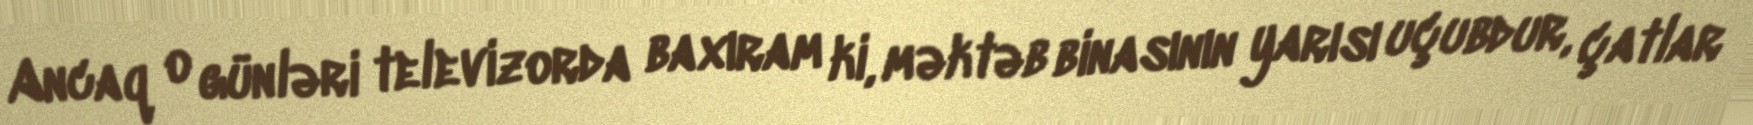
Ancaq o günləri televizorda baxıram ki, məktəb binasının yarısı uçubdur, çatlar